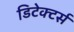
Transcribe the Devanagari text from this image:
डिटेक्टर्स